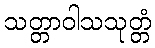
သတ္တာဝါသသုတ္တံ